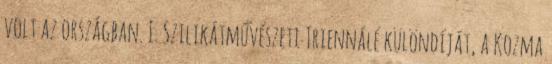
volt az országban. I. Szilikátművészeti Triennálé különdíját, a Kozma